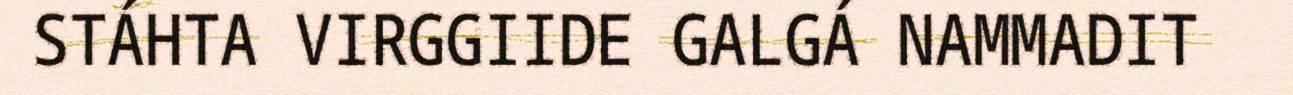
STÁHTA VIRGGIIDE GALGÁ NAMMADIT